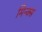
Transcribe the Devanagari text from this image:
मिन्क्स